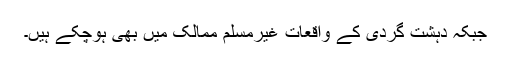
جبکہ دہشت گردی کے واقعات غیرمسلم ممالک میں بھی ہوچکے ہیں۔